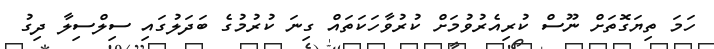
ހަމަ ތިޔަގޮތަށް ނޫސް ކުރިއެރުވުމަށް ކުރުވާހަކަތައް ގިނަ ކުރުމުގެ ބަދަލުގައި ސިލްސިލާ ދިގު